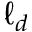
\ell _ { d }